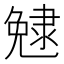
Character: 𨽺